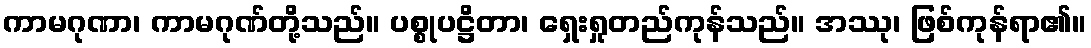
ကာမဂုဏာ၊ ကာမဂုဏ်တို့သည်။ ပစ္စုပဋ္ဌိတာ၊ ရှေးရှုတည်ကုန်သည်။ အဿု၊ ဖြစ်ကုန်ရာ၏။